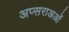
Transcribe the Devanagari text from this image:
अप्सराअओं